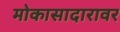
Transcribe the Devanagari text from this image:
मोकासादारावर